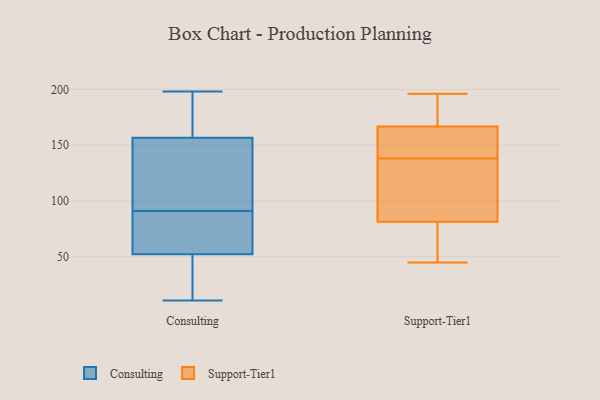
{"axis": {"x": "Budget (USD K)", "y": "Value"}, "legend": ["Consulting", "Support-Tier1"], "data": [{"x": "", "y": 135, "type": "Consulting"}, {"x": "", "y": 123, "type": "Consulting"}, {"x": "", "y": 193, "type": "Consulting"}, {"x": "", "y": 28, "type": "Consulting"}, {"x": "", "y": 90, "type": "Consulting"}, {"x": "", "y": 50, "type": "Consulting"}, {"x": "", "y": 75, "type": "Consulting"}, {"x": "", "y": 164, "type": "Consulting"}, {"x": "", "y": 92, "type": "Consulting"}, {"x": "", "y": 91, "type": "Consulting"}, {"x": "", "y": 198, "type": "Consulting"}, {"x": "", "y": 59, "type": "Consulting"}, {"x": "", "y": 11, "type": "Consulting"}, {"x": "", "y": 47, "type": "Consulting"}, {"x": "", "y": 132, "type": "Consulting"}, {"x": "", "y": 196, "type": "Consulting"}, {"x": "", "y": 166, "type": "Consulting"}, {"x": "", "y": 44, "type": "Consulting"}, {"x": "", "y": 66, "type": "Consulting"}, {"x": "", "y": 90, "type": "Support-Tier1"}, {"x": "", "y": 48, "type": "Support-Tier1"}, {"x": "", "y": 152, "type": "Support-Tier1"}, {"x": "", "y": 144, "type": "Support-Tier1"}, {"x": "", "y": 83, "type": "Support-Tier1"}, {"x": "", "y": 196, "type": "Support-Tier1"}, {"x": "", "y": 160, "type": "Support-Tier1"}, {"x": "", "y": 45, "type": "Support-Tier1"}, {"x": "", "y": 77, "type": "Support-Tier1"}, {"x": "", "y": 111, "type": "Support-Tier1"}, {"x": "", "y": 138, "type": "Support-Tier1"}, {"x": "", "y": 193, "type": "Support-Tier1"}, {"x": "", "y": 187, "type": "Support-Tier1"}]}